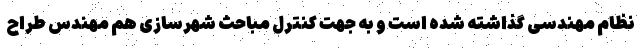
نظام مهندسی گذاشته شده است و به جهت کنترل مباحث شهرسازی هم مهندس طراح